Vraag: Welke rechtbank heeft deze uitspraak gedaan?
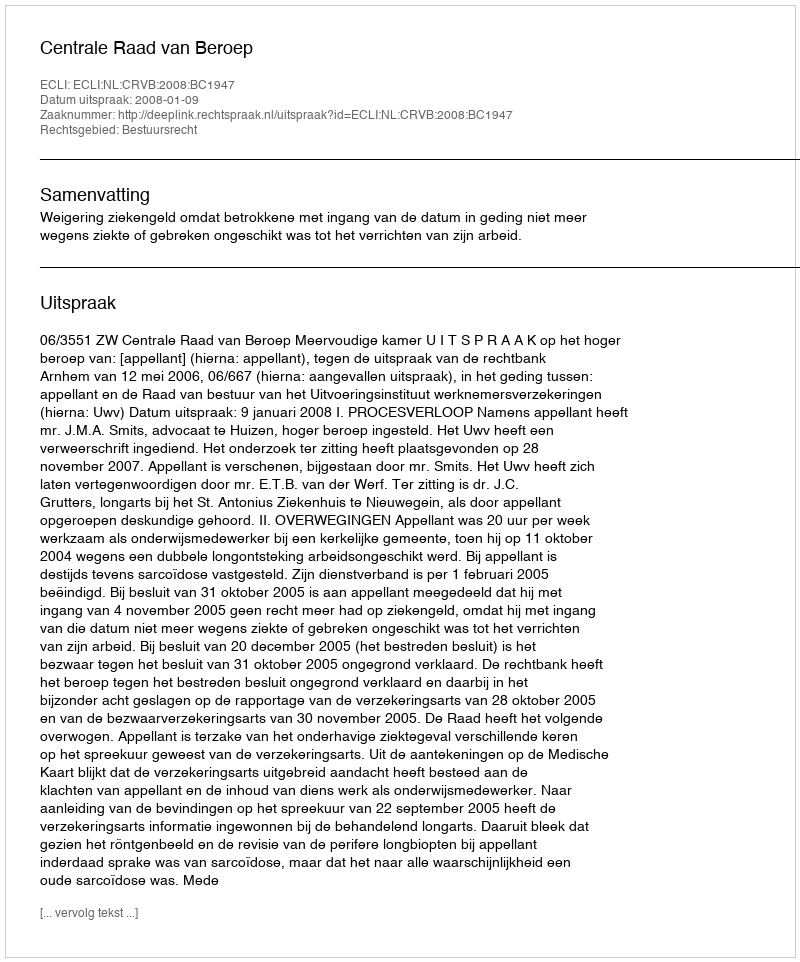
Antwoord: Centrale Raad van Beroep